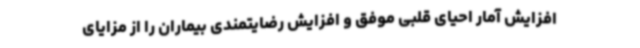
افزایش آمار احیای قلبی موفق و افزایش رضایتمندی بیماران را از مزایای